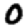
Digit: 0